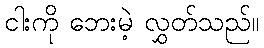
ငါးကို ဘေးမဲ့ လွှတ်သည်။